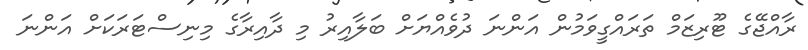
ރާއްޖޭގެ ޓޫރިޒަމް ތަރައްގީވަމުން އަންނަ ދުވެއްޔަށް ބަލާއިރު މި ދާއިރާގެ މިނިސްޓަރަކަށް އަންނަ